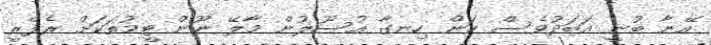
އޭނާ ބުނީ އަބަދުވެސް ކަން ހިނގާ އުސޫލުން މާލޭ ނޫން ޓީމުތަކަށް ރެފްރީ